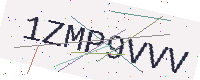
Text: 1ZMP9VVV